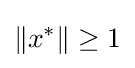
\left\|x^{*}\right\|\geq 1